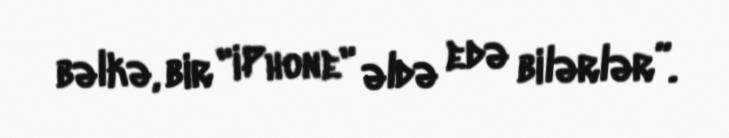
bəlkə, bir "iPhone" əldə edə bilərlər”.